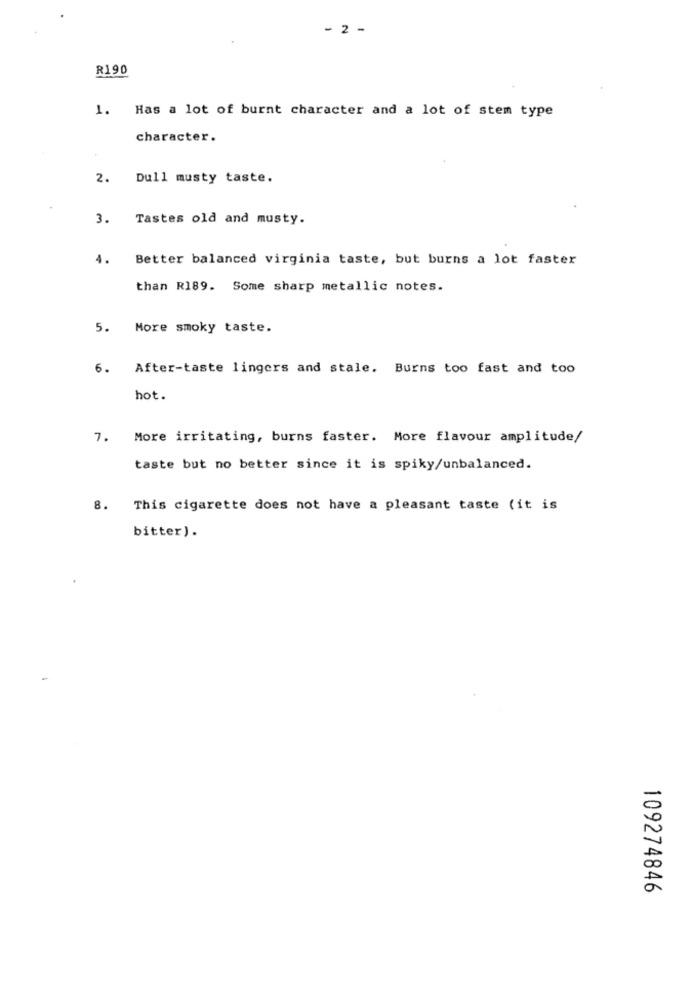
- 2 -
R190
1. Has a lot of burnt character and a lot of stem type
character.
2.
Dull musty taste.
3.
Tastes old and musty.
4.
Better balanced virginia taste, but burns a lot faster
than R189. Some sharp metallic notes.
5. More smoky taste.
6. After-taste lingers and stale. Burns too fast and too
hot.
7. More irritating, burns faster. More flavour amplitude/
taste but no better since it is spiky/unbalanced.
8. This cigarette does not have a pleasant taste (it is
bitter).
109274846